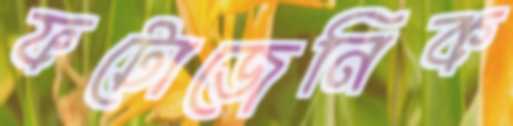
ফটোজেনিক